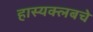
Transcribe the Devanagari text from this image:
हास्यक्लबचे